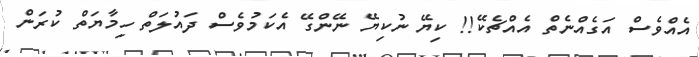
އެއްވެސް އަގެއްނެތް އެއްޗެކޭ!! ކިޔޭ ނުކިޔޭ ނޭންގޭ އެކަމުވެސް ދައުލަތް ހިމާޔަތް ކުރަން